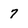
Character: 7